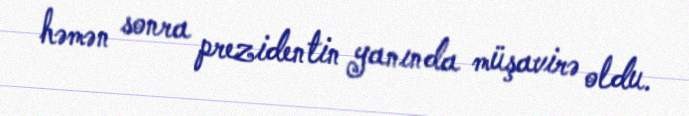
həmən sonra prezidentin yanında müşavirə oldu.